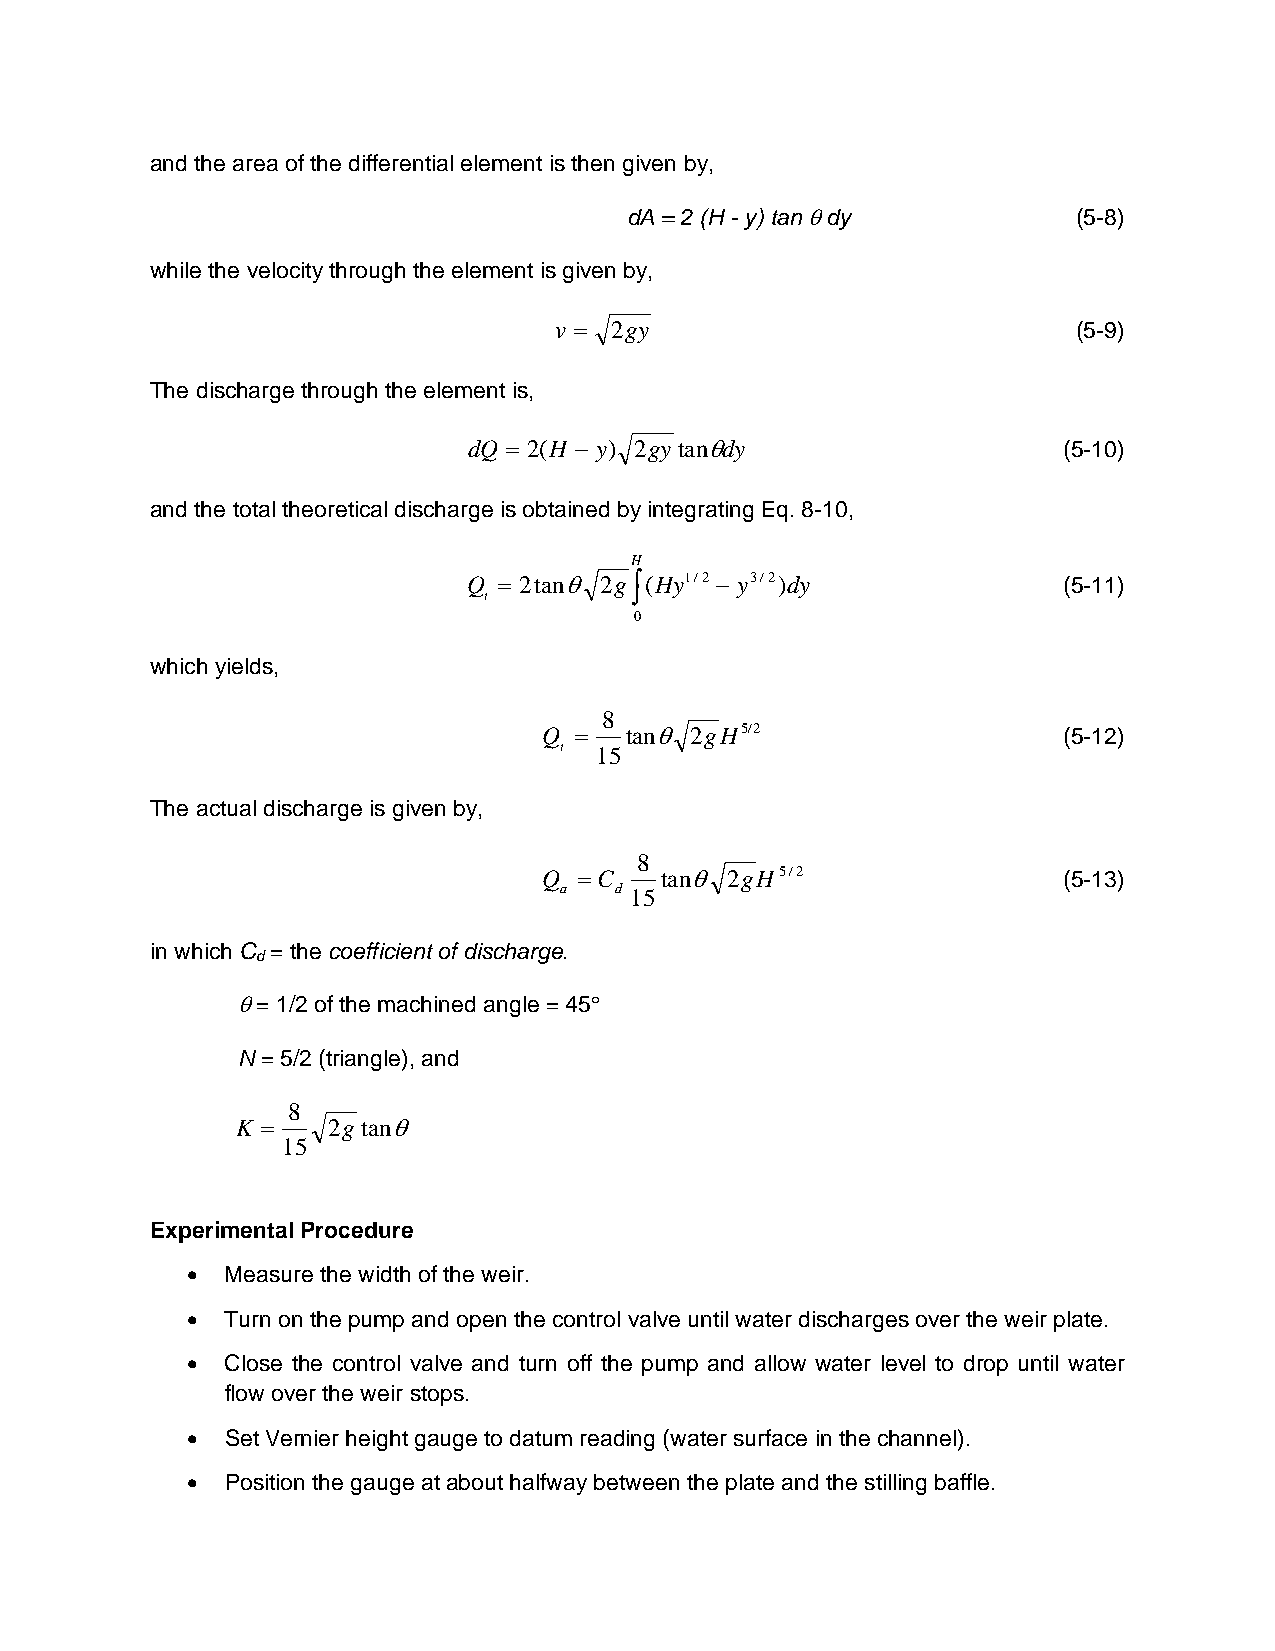
and the area of the differential element is then given by,
 dA = 2 (H - y) tan  dy       (5-8)
 while the velocity through the element is given by,
 v  2gy                           (5-9)
 The discharge through the element is,
 dQ  2(H  y) 2gytandy                (5-10)
 and the total theoretical discharge is obtained by integrating Eq. 8-10,
 H
 Q  2tan 2g(Hy1/2  y3/2)dy          (5-11)
 t
 0
 which yields,
 8
 Q   tan 2gH5/2                  (5-12)
 t 15
 The actual discharge is given by,
 8
 Q C    tan 2gH5/2               (5-13)
 a   d 15
 in which C = the coefficient of discharge.
 d
  = 1/2 of the machined angle = 45
 N = 5/2 (triangle), and
 8
 K    2g tan
 15
 Experimental Procedure
   Measure the width of the weir.
   Turn on the pump and open the control valve until water discharges over the weir plate.
   Close the control valve and turn off the pump and allow water level to drop until water
 flow over the weir stops.
   Set Vernier height gauge to datum reading (water surface in the channel).
   Position the gauge at about halfway between the plate and the stilling baffle.